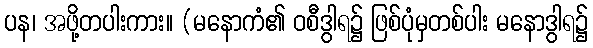
ပန၊ အဖို့တပါးကား။ (မနောကံ၏ ဝစီဒွါရ၌ ဖြစ်ပုံမှတစ်ပါး မနောဒွါရ၌